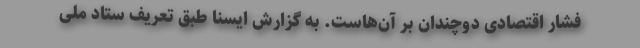
فشار اقتصادی دوچندان بر آن‌هاست. به گزارش ایسنا طبق تعریف ستاد ملی